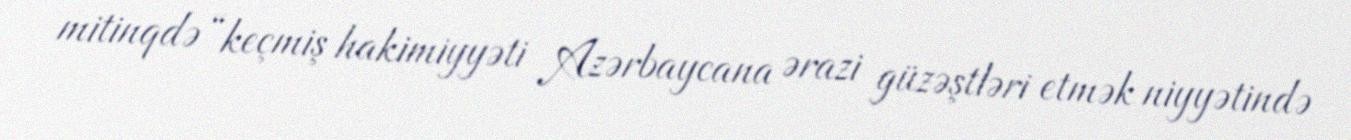
mitinqdə “keçmiş hakimiyyəti Azərbaycana ərazi güzəştləri etmək niyyətində